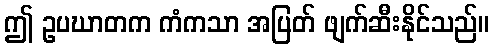
ဤ ဥပဃာတက ကံကသာ အပြတ် ဖျက်ဆီးနိုင်သည်။